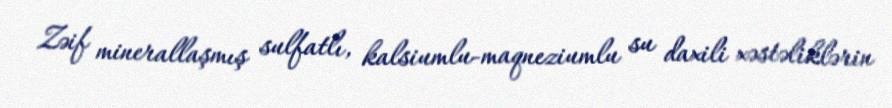
Zəif minerallaşmış sulfatlı, kalsiumlu-maqneziumlu su daxili xəstəliklərin